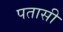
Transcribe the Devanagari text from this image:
पतासी